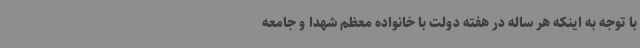
با توجه به اینکه هر ساله در هفته دولت با خانواده معظم شهدا و جامعه